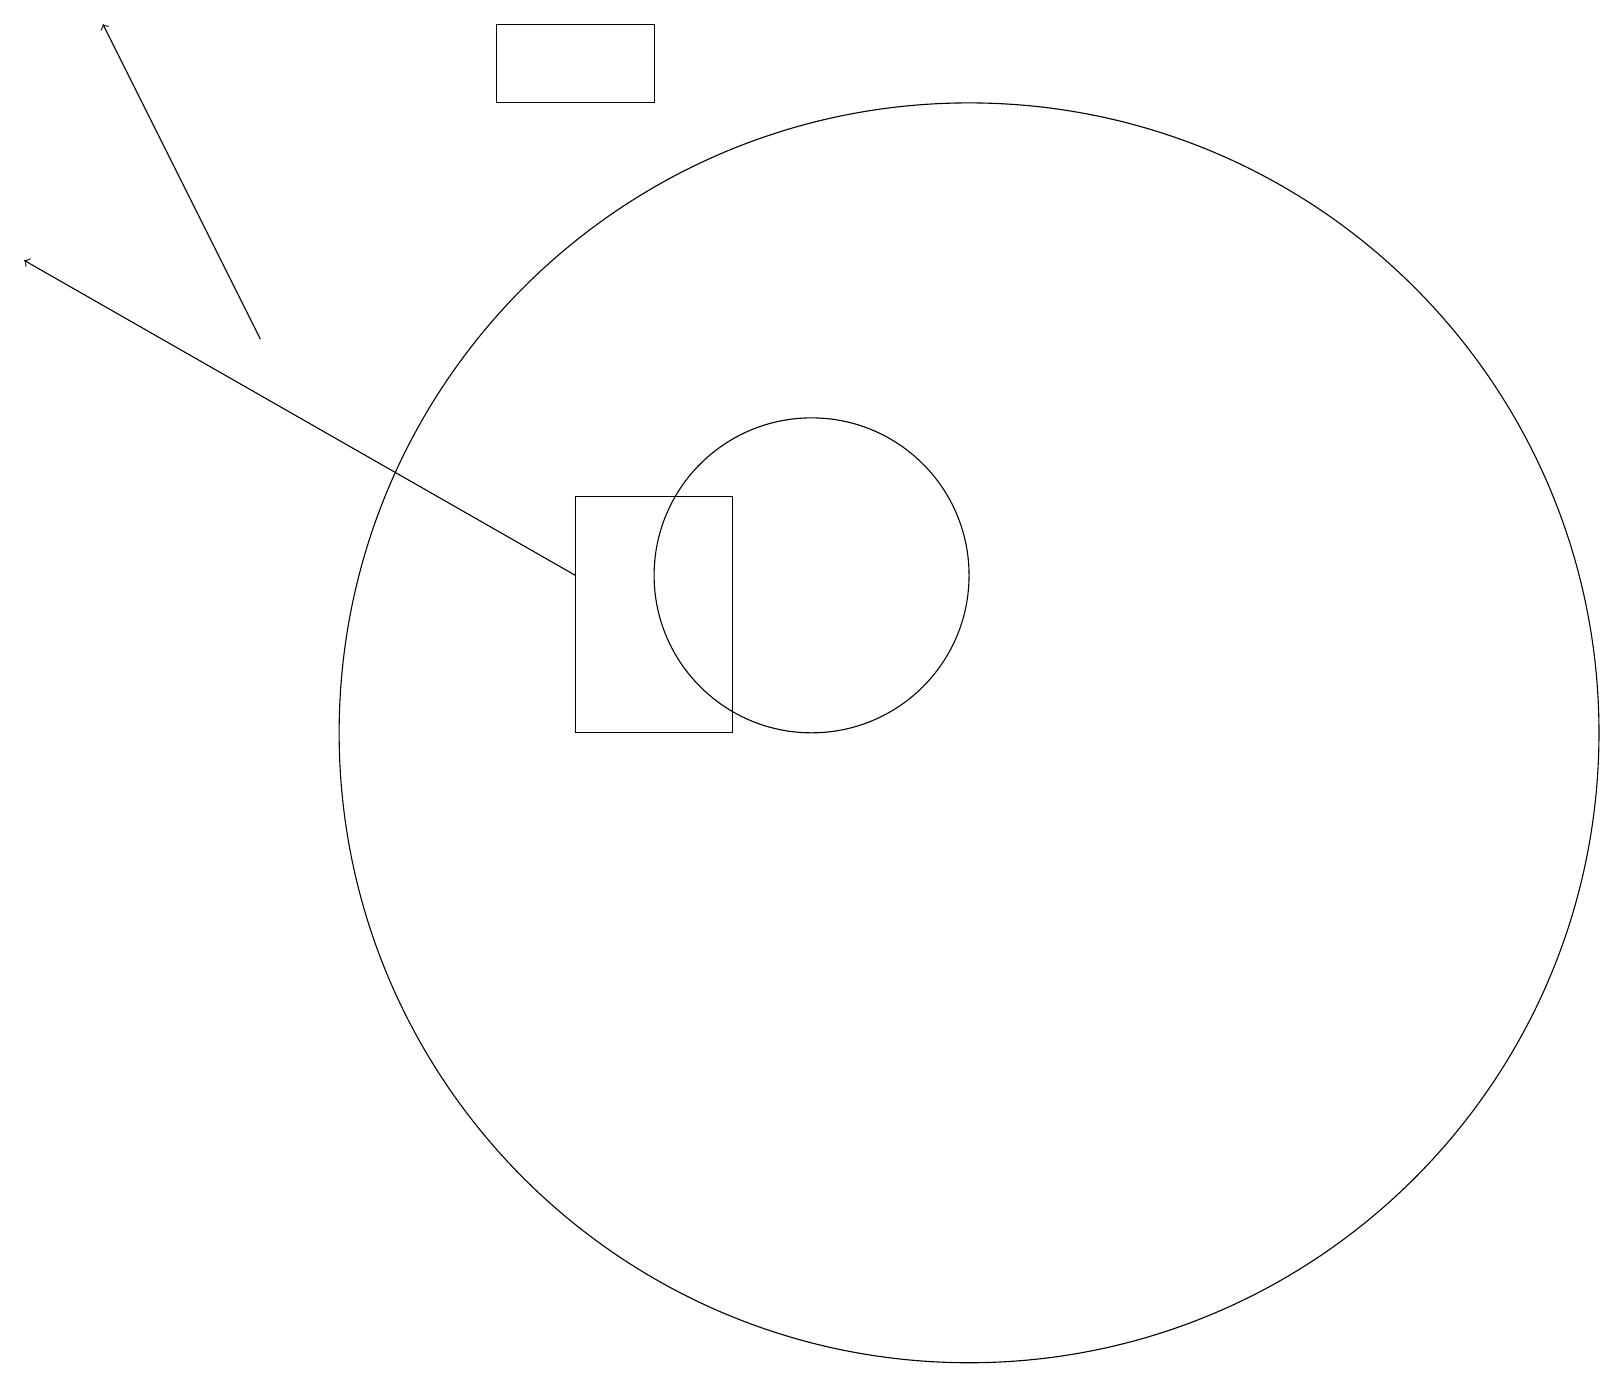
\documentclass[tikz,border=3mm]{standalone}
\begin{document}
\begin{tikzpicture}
\draw[->] (3,15) -- (1,19);
\draw (12,10) circle (8);
\draw (8,19) rectangle (6,18);
\draw[->] (7,12) -- (0,16);
\draw (10,12) circle (2);
\draw (7,13) rectangle (9,10);
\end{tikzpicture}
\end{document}